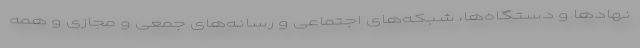
نهادها و دستگاه‌ها، شبکه‌های اجتماعی و رسانه‌های جمعی و مجازی و همه